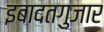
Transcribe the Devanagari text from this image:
इबादतगुजार